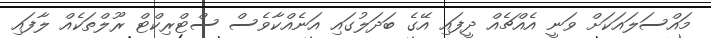
މައްސަލައަކަށް ވަނީ އެއްޗެއް ދީފައި އޭގެ ބަދަލުގައި އަނެއްކާވެސް ސްޓްރިކްޓް ރޫލްތަކެއް ލާފައި